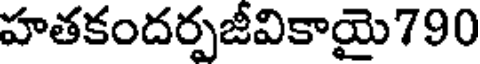
హతకందర్పజీవికాయై790